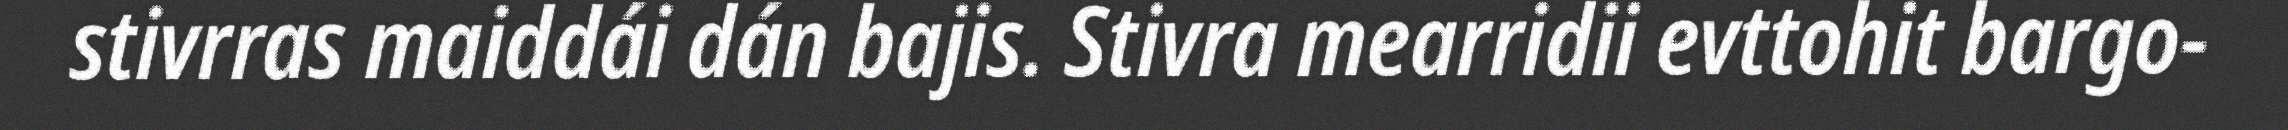
stivrras maiddái dán bajis. Stivra mearridii evttohit bargo-